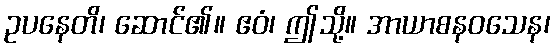
ဥပနေတိ၊ ဆောင်၏။ ဧဝံ၊ ဤသို့။ အာယာစနဝသေန၊